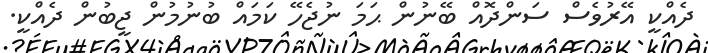
ދެއްކީ އޭރުވެސް ސަންދޮއް ބޭނުން ޙަމަ ނުޖެހޭ ކަމައް ބުނުމުން ޖީބުން ދެއްކީ.